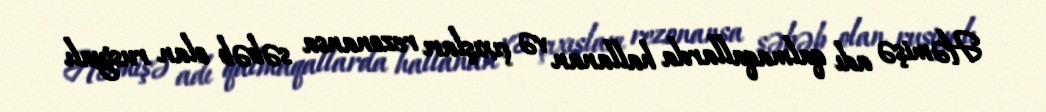
Həmişə adı qalmaqallarda hallanan və çıxışları rezonansa səbəb olan rusiyalı